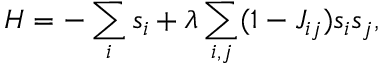
H = - \sum _ { i } s _ { i } + \lambda \sum _ { i , j } ( 1 - J _ { i j } ) s _ { i } s _ { j } ,